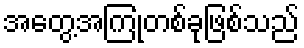
အတွေ့အကြုံတစ်ခုဖြစ်သည်